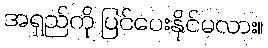
အရှည်ကို ပြင်ပေးနိုင်မလား။